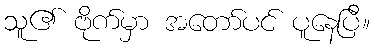
သူ၏ ဗိုက်မှာ အတော်ပင် ပူနေပြီ။